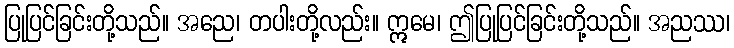
ပြုပြင်ခြင်းတို့သည်။ အညေ၊ တပါးတို့လည်း။ ဣမေ၊ ဤပြုပြင်ခြင်းတို့သည်။ အညဿ၊